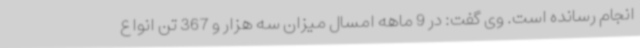
انجام رسانده است. وی گفت: در 9 ماهه امسال میزان سه هزار و 367 تن انواع